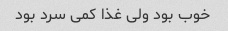
خوب بود ولی غذا کمی سرد بود